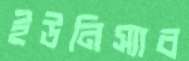
ইউনিস্যাব